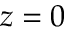
z = 0